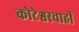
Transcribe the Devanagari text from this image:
कोटेश्वरचाही